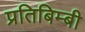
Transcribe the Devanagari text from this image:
प्रतिबिम्बी